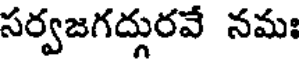
సర్వజగద్గురవే నమః